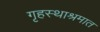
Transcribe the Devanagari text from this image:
गृहस्थाश्रमात